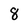
Character: 8